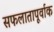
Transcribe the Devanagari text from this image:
सफलातापूर्वाक